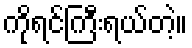
ကိုရင်ကြီးရယ်တဲ့။